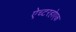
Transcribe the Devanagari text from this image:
ऐच्टरहोएक